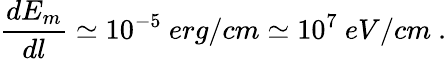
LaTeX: \frac{dE_{m}}{dl}\simeq 10^{-5}~erg/cm\simeq 10^{7}~eV/cm~.